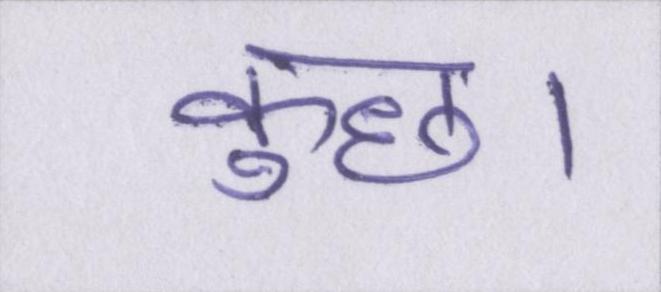
कुछ।